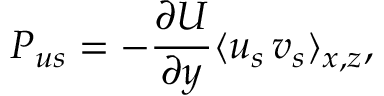
P _ { u s } = - \frac { \partial U } { \partial y } \langle u _ { s } \, v _ { s } \rangle _ { x , z } ,